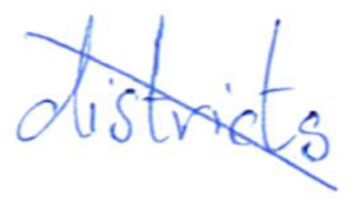
Text: districts
Cross-out: diagonal
Writing tool: ballpoint